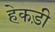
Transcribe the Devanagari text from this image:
हेकड़ी